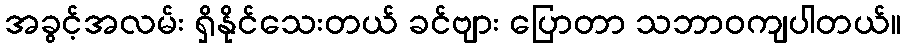
အခွင့်အလမ်း ရှိနိုင်သေးတယ် ခင်ဗျား ပြောတာ သဘာဝကျပါတယ်။